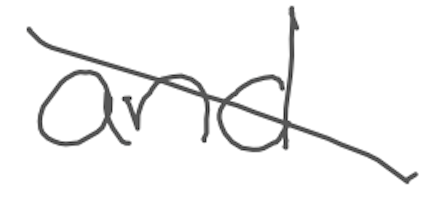
Text: and
Cross-out: diagonal
Writing tool: digital_gray